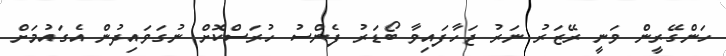
ހަންގޭރީން ވަނީ ރޭޒަރު ނަރު ޖަހާފައިވާ ބޯޑަރު ފެންސު ހުރަސްކޮށް ނުގަވައިދުން އެގައުމަށް